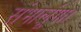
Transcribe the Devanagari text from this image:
संभालूंगा।